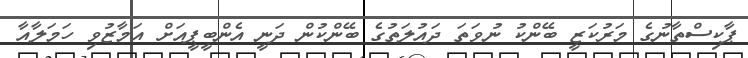
ޕާކިސްތާނުގެ މަރުކަޒީ ބޭންކު ނުވަތަ ދައުލަތުގެ ބޭންކުން ދަނީ އެންބީޕީއަށް އަމާޒުވި ހަމަލާއާ